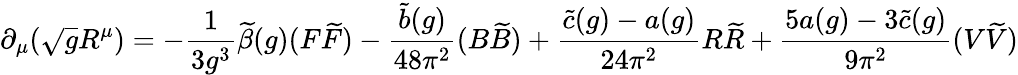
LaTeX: \partial_{\mu}(\sqrt{g}R^{\mu})=-\frac{1}{3g^{3}}\widetilde{\beta}(g)(F\widetilde{F})-\frac{\tilde{b}(g)}{48\pi^{2}}(B\widetilde{B})+\frac{\tilde{c}(g)-a(g)}{24\pi^{2}}R\widetilde{R}+\frac{5a(g)-3\tilde{c}(g)}{9\pi^{2}}(V\widetilde{V})